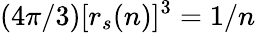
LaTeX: (4\pi/3)[r_{s}(n)]^{3}=1/n